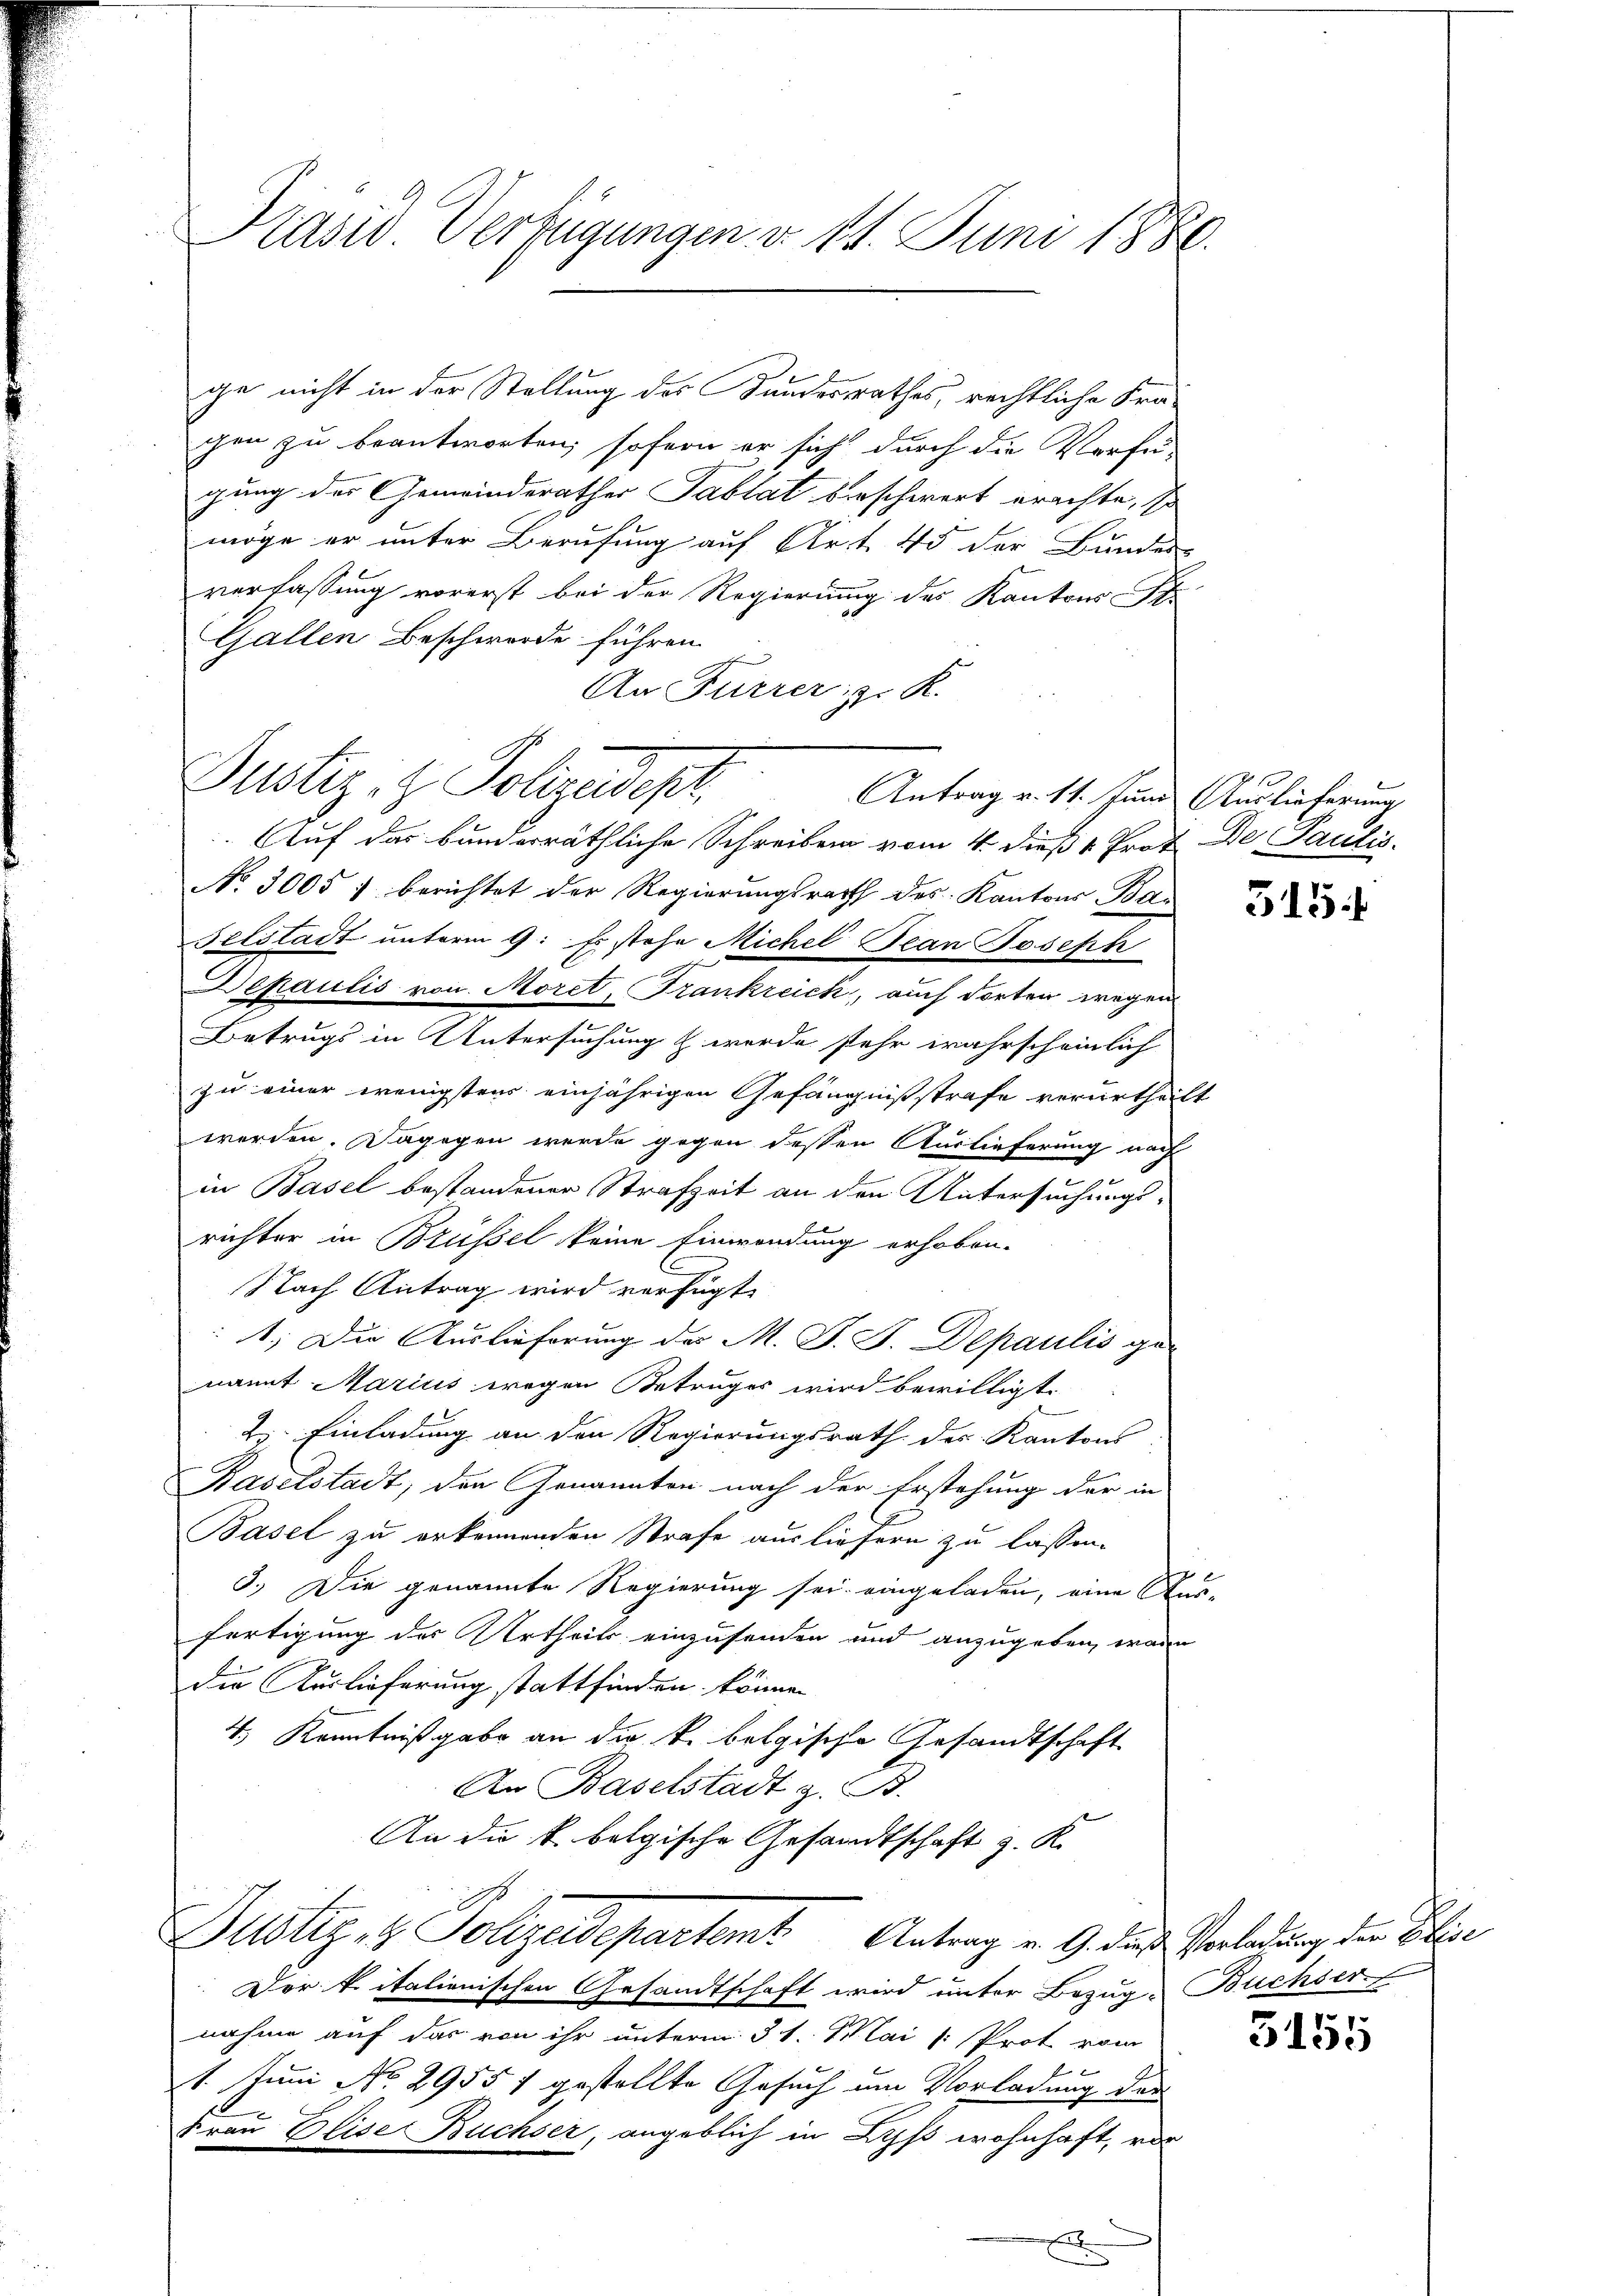
Präsid. Verfügungen d. 14. Juni 1880.

ge nicht in der Stellung des Kundesrathes, rechtliche Fragen zu beantworten, sofern er sich durch die Vorfer-
gung des Gemeinderathes Tablat beschwert erachte, so
möge er unter Berufung auf Art. 45 der Bundes-
verfassung vorerst bei der Regierung des Kantons Str
Gallen Beschwerde führen
An Furrer, z. K.
Justiz- & Polizedep
Antrag v. 11. Juni Auslieferung
Auf das bunderräthliche Schreiben vom 4. dieß 4 Prof. De Paulis.
No 3005 : berichtet der Regierungsrath des Kantons Ba¬
Felstadt unterm 9. Es stehe Michel Jean Joseph
o
Depaulis von Moret, Frankreich, auch dorten wegen
2
Betrugs in Untersuchung & werde sehr wahrscheinlich
zu einer wenigstens einjährigen Gefängnißstrafe verurtheilt
werden. Dagegen werde gegen dessen Auslieferung nach

in Basel bestandener Strafzeit an den Untersuchungs-
richter in Brüssel keine Einwendung erhoben.
Nach Antrag wird verfügt,
1.) Die Auslieferung des M. D. P. Depaulis genannt Marius wegen Betruges wird bewilligt.
2). Einladung an den Regierungsrath des Kantons-
Baselstadt, den Genannten nach der Erstehung der in
Basel zu erkennenden Strafe ausliefern zu lassen.
3.) Die genannte Regierung sei eingeladen, eine Aus-
fertigung des Urtheils einzusenden und anzugeben, wenn
die Auslieferung stattfinden können
4.) Kenntnißgabe an die k. belgische Gesandtschaft
An Baselstadt z. B.
An die k. belgische Gesandtschaft z. K.
Justiz- & Polizeidepartemt. Antrag v. 9. das Verladung der Elise
Der vitalienischen Gesandtschaft wird unter Bezug, Buchser
nahme auf das von ihr unterm 31. Mai v. Prot vom
1. Juni No 29557 gestellte Gesuch um Vorladung der
Frau Elise Buchser, angeblich in Lyß wohnhaft, vor

515.

3155